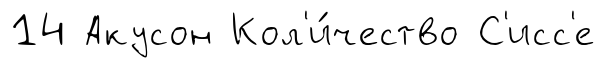
14 Акусон Кол'и́чество С'исс'е